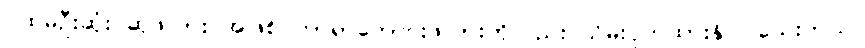
ပထမဦးဆုံး ဆုဖလား အဖြစ် ကာရာဘောင်းဖလားကိုလည်း သိမ်းပိုက်ထားနိုင်ပါသေးတယ်။